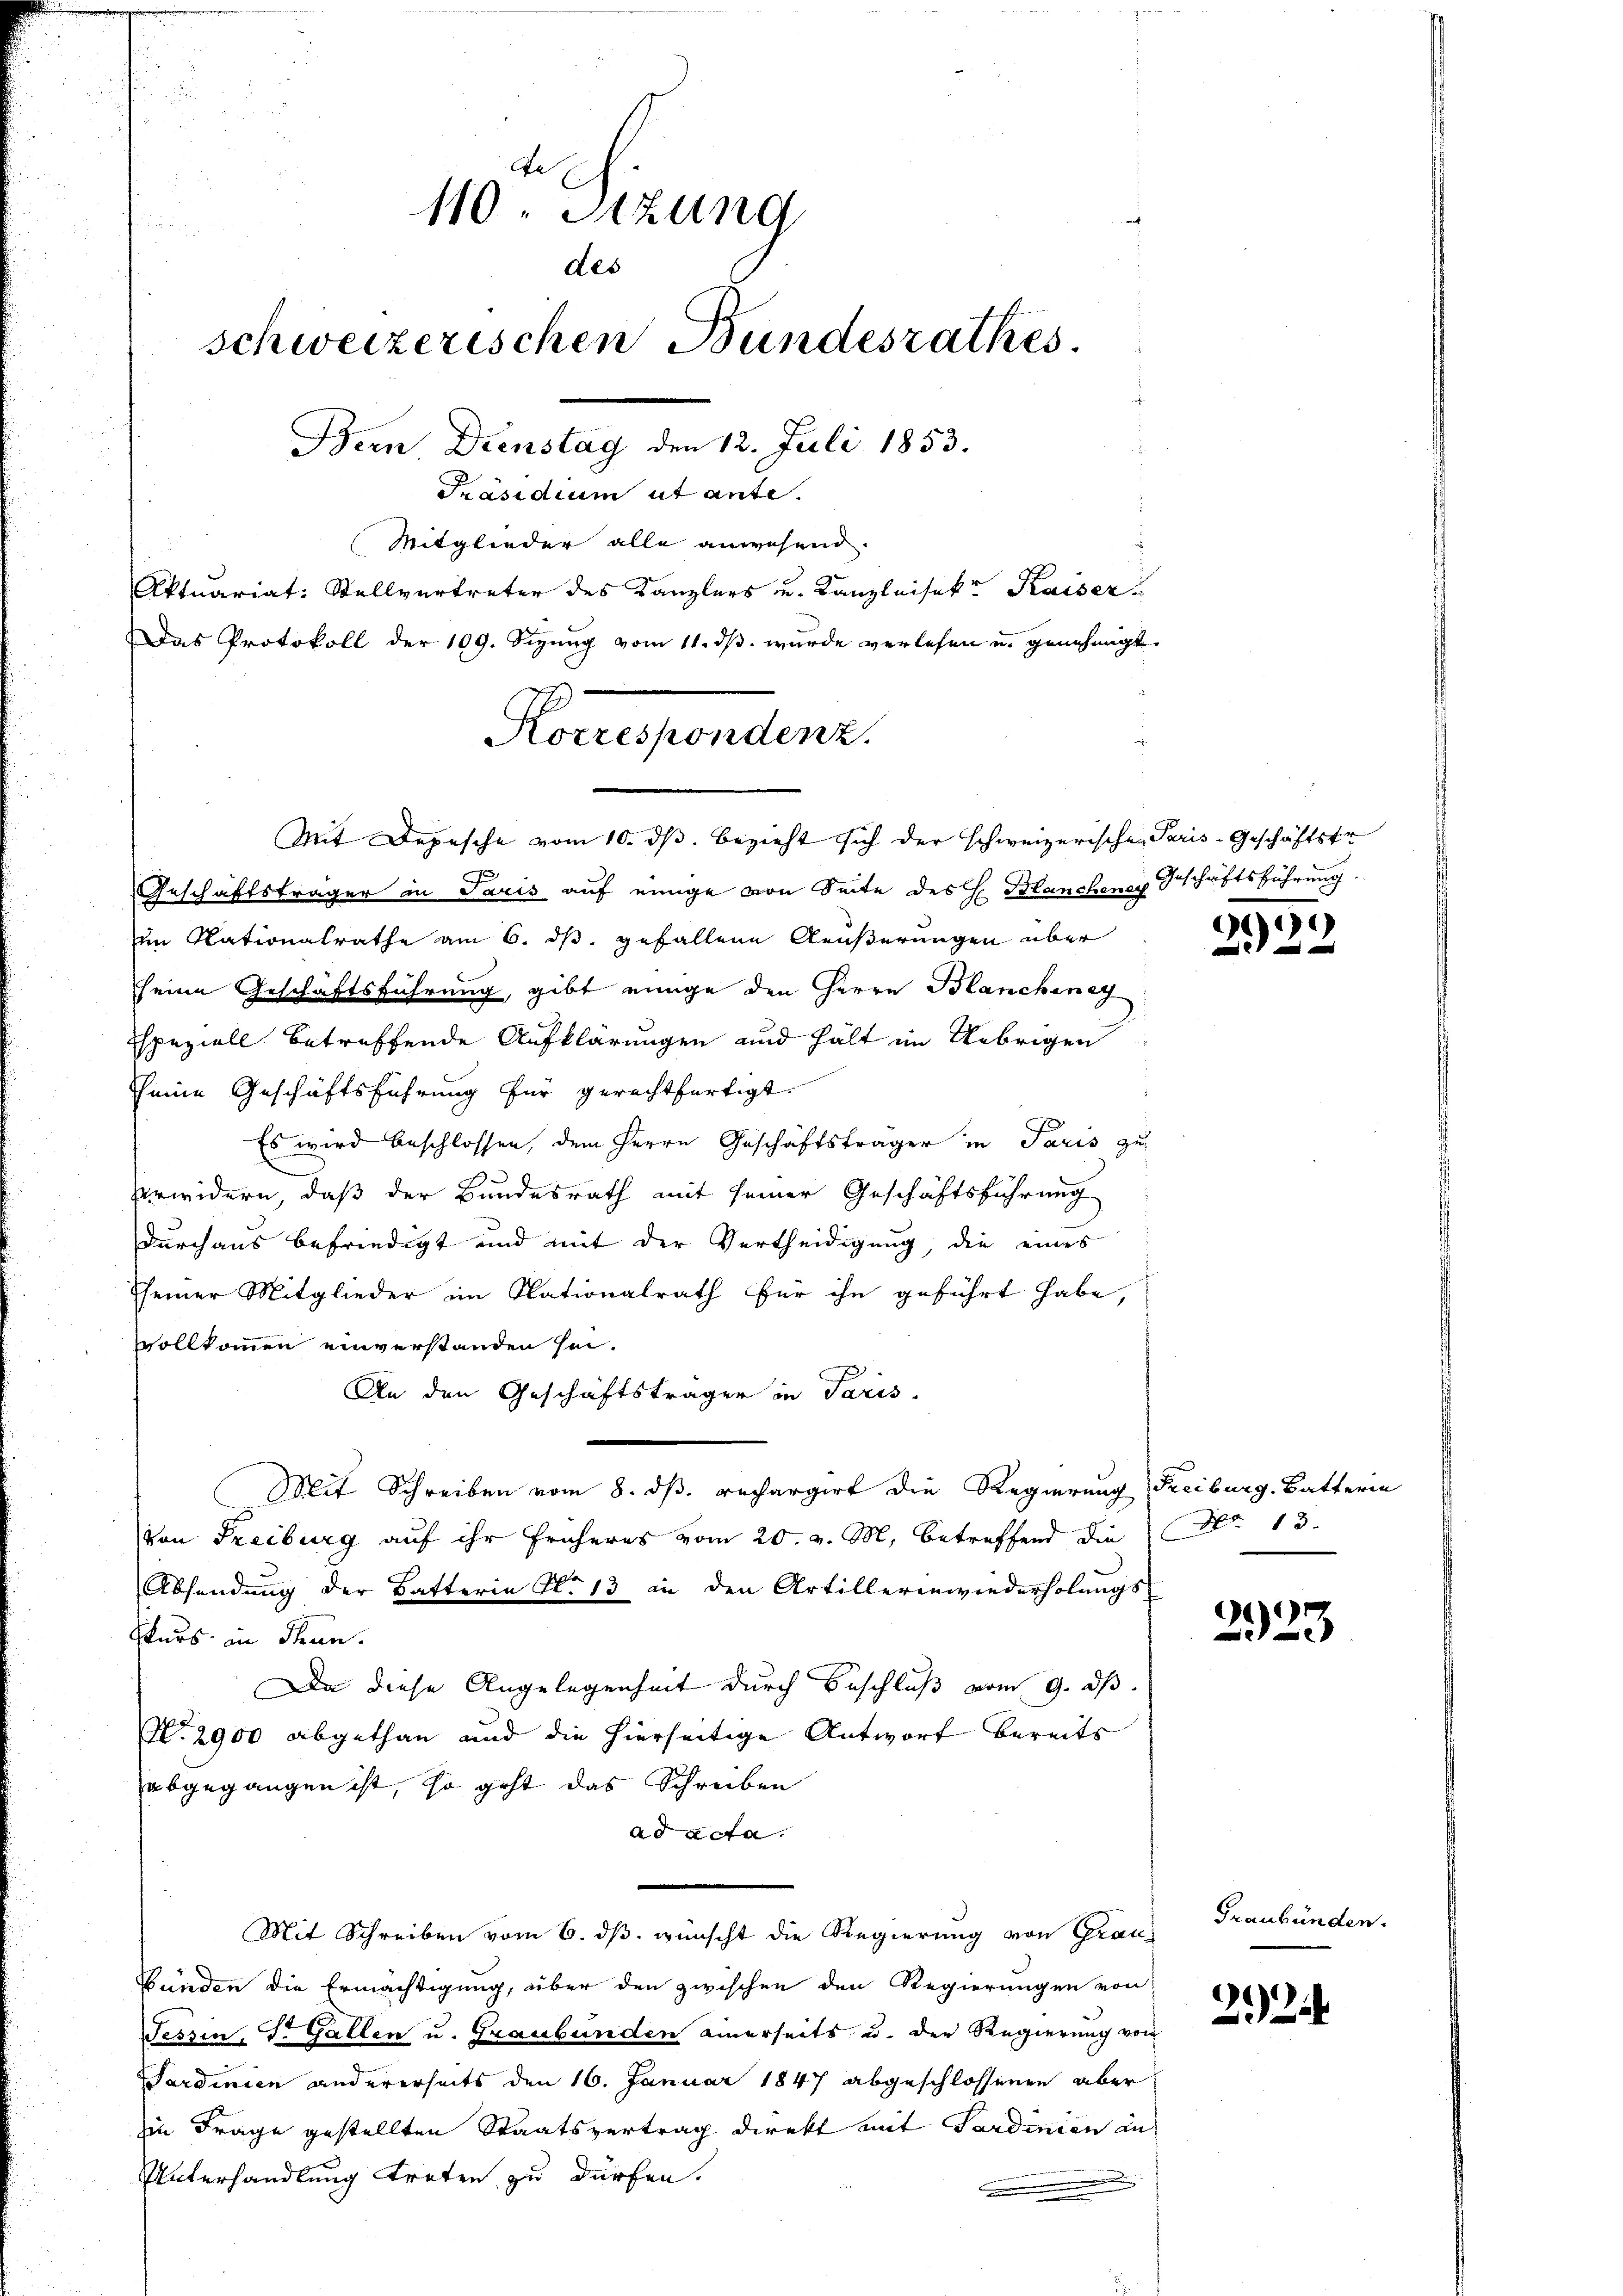
¬
de
110. Sizung
des
schweizerischen Bundesrathes.
Bern Dienstag den 12. Juli 1853.
Präsidium ut ante.
Mitglieder alle anwesend.
Aktuariat: Stellvertreter des Kanzlers u. Kanzleisekte Kaiser
Das Protokoll der 109. Sizung vom 11. ds. wurde verlesen u. genehmigt

Horresponden.

Mit Depesche vom 10. ds. bezieht sich der schweizerischen Paris-Geschäftstr
Geschäftsträger in Paris auf einige von Seite des H. Blanchener Geschäftsführung
m Nationalrathe am 6. ds. gefallene Aeußerungen über
seine Geschäftsführung, gibt einige den Herrn Blanchiney
Speziell betreffende Aufklärungen und hält im Uebrigen
seine Geschäftsführung für gerechtfertigt.
Es wird beschlossen, dem Herrn Geschäftsträger in Paris zu
rwidern, daß der Bundesrath mit seiner Geschäftsführung
durchaus befriedigt und mit der Vertheidigung, die eines
seiner Mitglieder im Nationalrath für ihn geführt habe,
vollkommen einverstanden sei.
An den Geschäftsträger in Paris
Mit Schreiben vom 8. dß. rechargirt die Regierung Freiburg. Batterin
von Freiburg auf ihr früheres vom 20. v. M., betreffend die No. 13.
Absendung der Batterin No 13 in den Artilleren wiederholungs-
Ekurs in Thun.
Da diese Angelegenheit durch Beschluß vom 9. ds.
No. 2900 abgethan und die hierseitige Antwort bereits
abgegangen ist, so geht das Schreiben
ad acta
Mit Schreiben vom 6. ds. wünscht die Regierung von Grau¬
Bünden die Ermächtigung, über den zwischen den Regierungen von
Tessin, Dr. Gallen u. Graubünden einerseits u. der Regierung von
Sardinien andererseits den 16. Januar 1847 abgeschlossenen aber
in Frage gestellten Staatsvertrag direkt mit Sardinien an
Unterhandlung treten zu dürfen.

)

G

Graubünden.

22